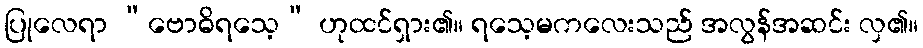
ပြုလေရာ “ဗောဓိရသေ့” ဟုထင်ရှား၏။ ရသေ့မကလေးသည် အလွန်အဆင်း လှ၏။